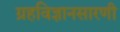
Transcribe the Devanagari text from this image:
ग्रहविज्ञानसारणी